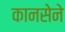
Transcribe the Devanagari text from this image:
कानसेने